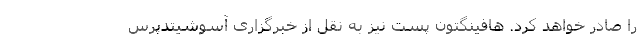
را صادر خواهد کرد. هافینگتون پست نیز به نقل از خبر‌گزاری آسوشیتدپرس